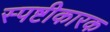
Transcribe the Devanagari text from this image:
स्पष्टीकारक